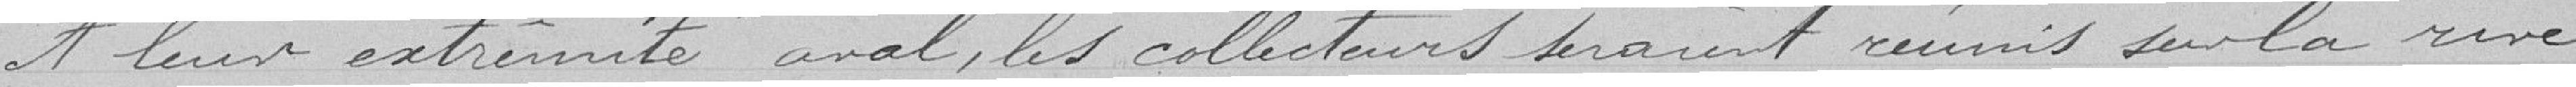
A leur extrémité aval, les collecteurs  seraient réunis sur la rive